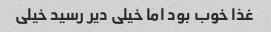
غذا خوب بود اما خیلی دیر رسید خیلی